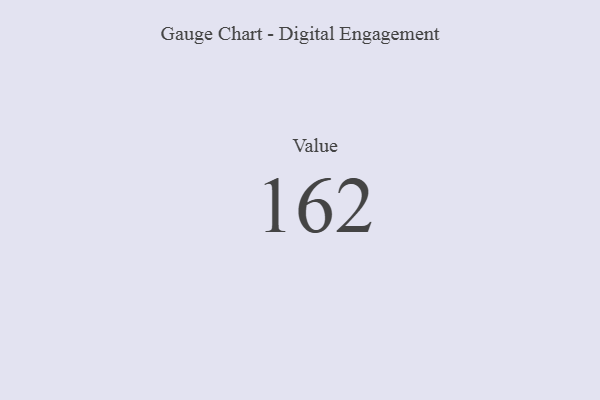
{"axis": {"x": "Metric", "y": "Value"}, "legend": [""], "data": [{"x": "Value", "y": 162, "type": ""}]}